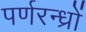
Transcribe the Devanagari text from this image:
पर्णरन्ध्रों